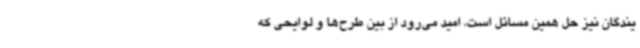
یندگان نیز حل همین مسائل است، امید می‌رود از بین طرح‌ها و لوایحی که